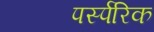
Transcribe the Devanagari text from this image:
पर्स्परिक